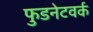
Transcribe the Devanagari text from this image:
फुडनेटवर्क